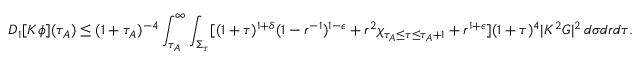
D _ { 1 } [ K \phi ] ( \tau _ { A } ) \leq ( 1 + \tau _ { A } ) ^ { - 4 } \int _ { \tau _ { A } } ^ { \infty } \int _ { \Sigma _ { \tau } } [ ( 1 + \tau ) ^ { 1 + \delta } ( 1 - r ^ { - 1 } ) ^ { 1 - \epsilon } + r ^ { 2 } \chi _ { \tau _ { A } \leq \tau \leq \tau _ { A } + 1 } + r ^ { 1 + \epsilon } ] ( 1 + \tau ) ^ { 4 } | K ^ { 2 } G | ^ { 2 } \, d \sigma d r d \tau .